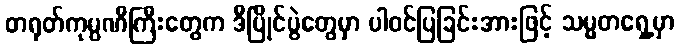
တရုတ်ကုမ္ပဏီကြီးတွေက ဒီပြိုင်ပွဲတွေမှာ ပါဝင်ပြခြင်းအားဖြင့် သမ္မတရှေ့မှာ